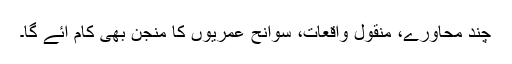
چند محاورے، منقول واقعات، سوانح عمریوں کا منجن بھی کام آئے گا۔